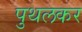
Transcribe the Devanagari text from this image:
पुथलकर